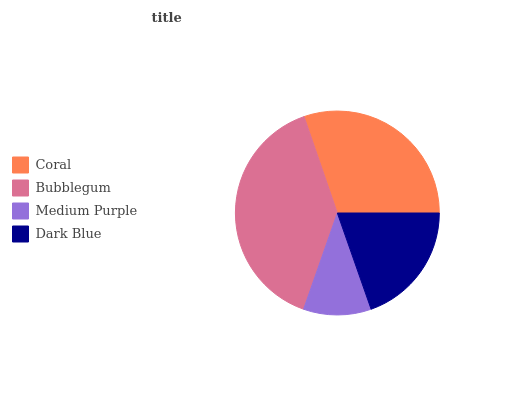
| Coral | Bubblegum | Medium Purple | Dark Blue |
 | --- | --- | --- | --- |
 | 30.3% | 39.4% | 10.8% | 19.6% |